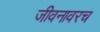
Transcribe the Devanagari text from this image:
जीवनावरच